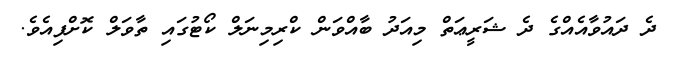
ދެ ދައުވާއެއްގެ ދެ ޝަރީޢަތް މިއަދު ބާއްވަން ކްރިމިނަލް ކޯޓުގައި ތާވަލް ކޮށްފިއެވެ.